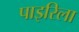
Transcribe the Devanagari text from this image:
पाइरिला